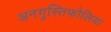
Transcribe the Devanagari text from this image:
अनगुस्तिफोलिया